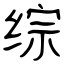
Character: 综